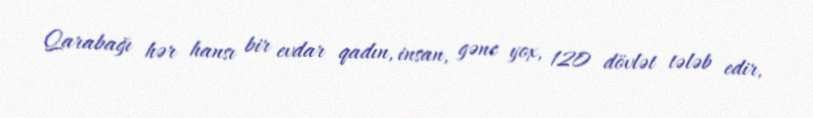
Qarabağı hər hansı bir evdar qadın, insan, gənc yox, 120 dövlət tələb edir,